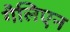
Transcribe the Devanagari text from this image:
गैलिएन